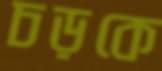
চড়কে